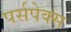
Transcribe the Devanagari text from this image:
पर्सपेक्स